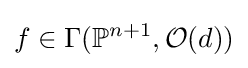
f\in \Gamma (\mathbb {P} ^{n+1},{\mathcal {O}}(d))